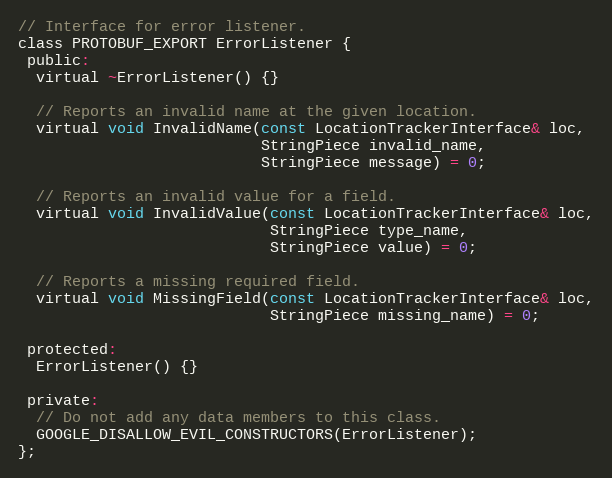
Language: C
// Interface for error listener.
class PROTOBUF_EXPORT ErrorListener {
 public:
  virtual ~ErrorListener() {}

  // Reports an invalid name at the given location.
  virtual void InvalidName(const LocationTrackerInterface& loc,
                           StringPiece invalid_name,
                           StringPiece message) = 0;

  // Reports an invalid value for a field.
  virtual void InvalidValue(const LocationTrackerInterface& loc,
                            StringPiece type_name,
                            StringPiece value) = 0;

  // Reports a missing required field.
  virtual void MissingField(const LocationTrackerInterface& loc,
                            StringPiece missing_name) = 0;

 protected:
  ErrorListener() {}

 private:
  // Do not add any data members to this class.
  GOOGLE_DISALLOW_EVIL_CONSTRUCTORS(ErrorListener);
};